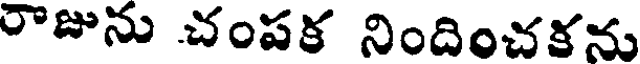
రాజును చంపక నిందించకను